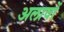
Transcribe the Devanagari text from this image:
अलावों